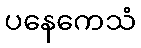
ပနေကေသံ